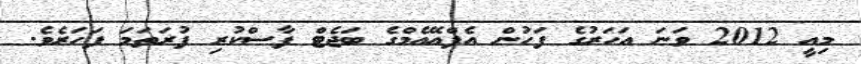
މިއީ 2012 ވަނަ އަހަރުގެ ފަހުން އެފްއޭއެމްގެ ބަޖެޓް ފާސްކުރި ފުރަތަމަ ފަހަރެވެ.